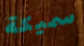
سميكة